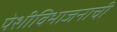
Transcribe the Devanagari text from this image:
पेशीविभाजनाची